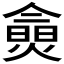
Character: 𱬔